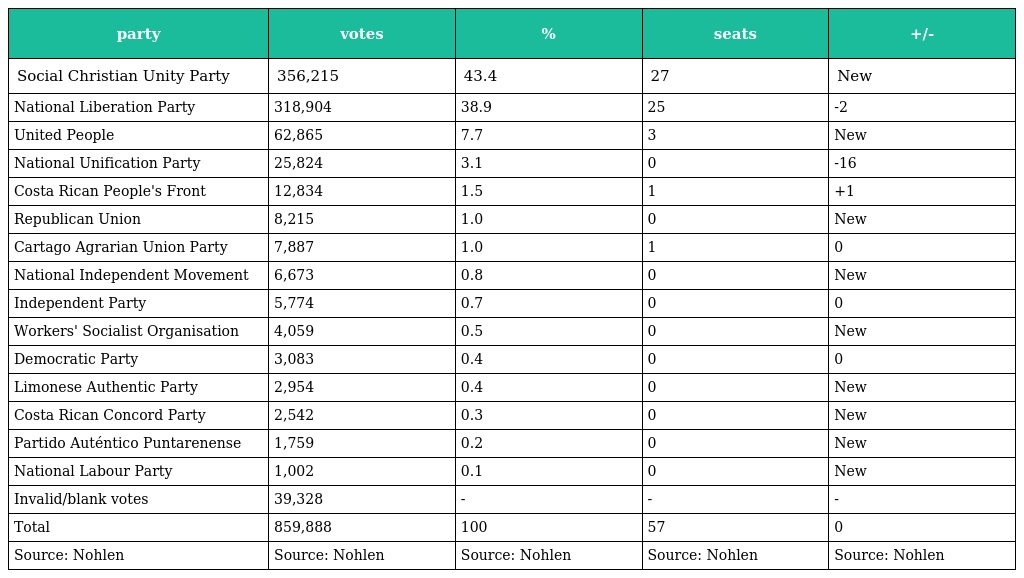
| party | votes | % | seats | +/- |
 | --- | --- | --- | --- | --- |
 | Social Christian Unity Party | 356,215 | 43.4 | 27 | New |
 | National Liberation Party | 318,904 | 38.9 | 25 | -2 |
 | United People | 62,865 | 7.7 | 3 | New |
 | National Unification Party | 25,824 | 3.1 | 0 | -16 |
 | Costa Rican People's Front | 12,834 | 1.5 | 1 | +1 |
 | Republican Union | 8,215 | 1.0 | 0 | New |
 | Cartago Agrarian Union Party | 7,887 | 1.0 | 1 | 0 |
 | National Independent Movement | 6,673 | 0.8 | 0 | New |
 | Independent Party | 5,774 | 0.7 | 0 | 0 |
 | Workers' Socialist Organisation | 4,059 | 0.5 | 0 | New |
 | Democratic Party | 3,083 | 0.4 | 0 | 0 |
 | Limonese Authentic Party | 2,954 | 0.4 | 0 | New |
 | Costa Rican Concord Party | 2,542 | 0.3 | 0 | New |
 | Partido Auténtico Puntarenense | 1,759 | 0.2 | 0 | New |
 | National Labour Party | 1,002 | 0.1 | 0 | New |
 | Invalid/blank votes | 39,328 | - | - | - |
 | Total | 859,888 | 100 | 57 | 0 |
 | Source: Nohlen | Source: Nohlen | Source: Nohlen | Source: Nohlen | Source: Nohlen |